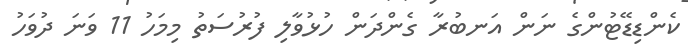
ކެންޑިޑޭޓުންގެ ނަން އަނބުރާ ގެންދަން ހުޅުވާލި ފުރުސަތު މިމަހު 11 ވަނަ ދުވަހު